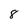
Character: 8